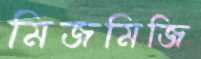
মিজমিজি